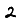
Digit: 2